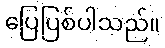
ပြေပြစ်ပါသည်။